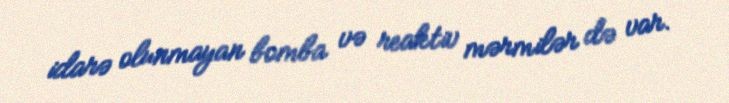
idarə olunmayan bomba və reaktiv mərmilər də var.